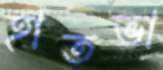
হাতভা